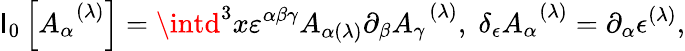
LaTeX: \mathsf{I}_{0}\left[A_{\alpha}^{\; \; (\lambda)}\right]=\intd^{3}x\varepsilon^{\alpha\beta\gamma}A_{\alpha(\lambda)}\partial_{\beta}A_{\gamma}^{\; \; (\lambda)},\; \delta_{\epsilon}A_{\alpha}^{\; \; (\lambda)}=\partial_{\alpha}\epsilon^{(\lambda)},